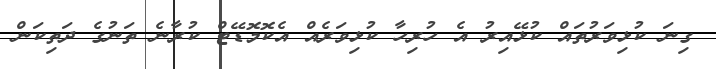
ގިނަ ކުޅިވަރުތައް ކުޅޭއިރު އެ ހުރިހާ ކުޅިވަރެއް އެކޮމޮޑޭޓް ކުރާނެ ތަނުގެ ދަތިކަން